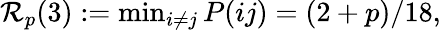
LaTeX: \begin{array}{r}{\mathcal{R}_{p}(3):=\operatorname*{min}_{i\neq j}P(ij)=(2+p)/18,}\end{array}